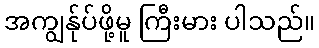
အကျွန်ုပ်ဖို့မူ ကြီးမား ပါသည်။